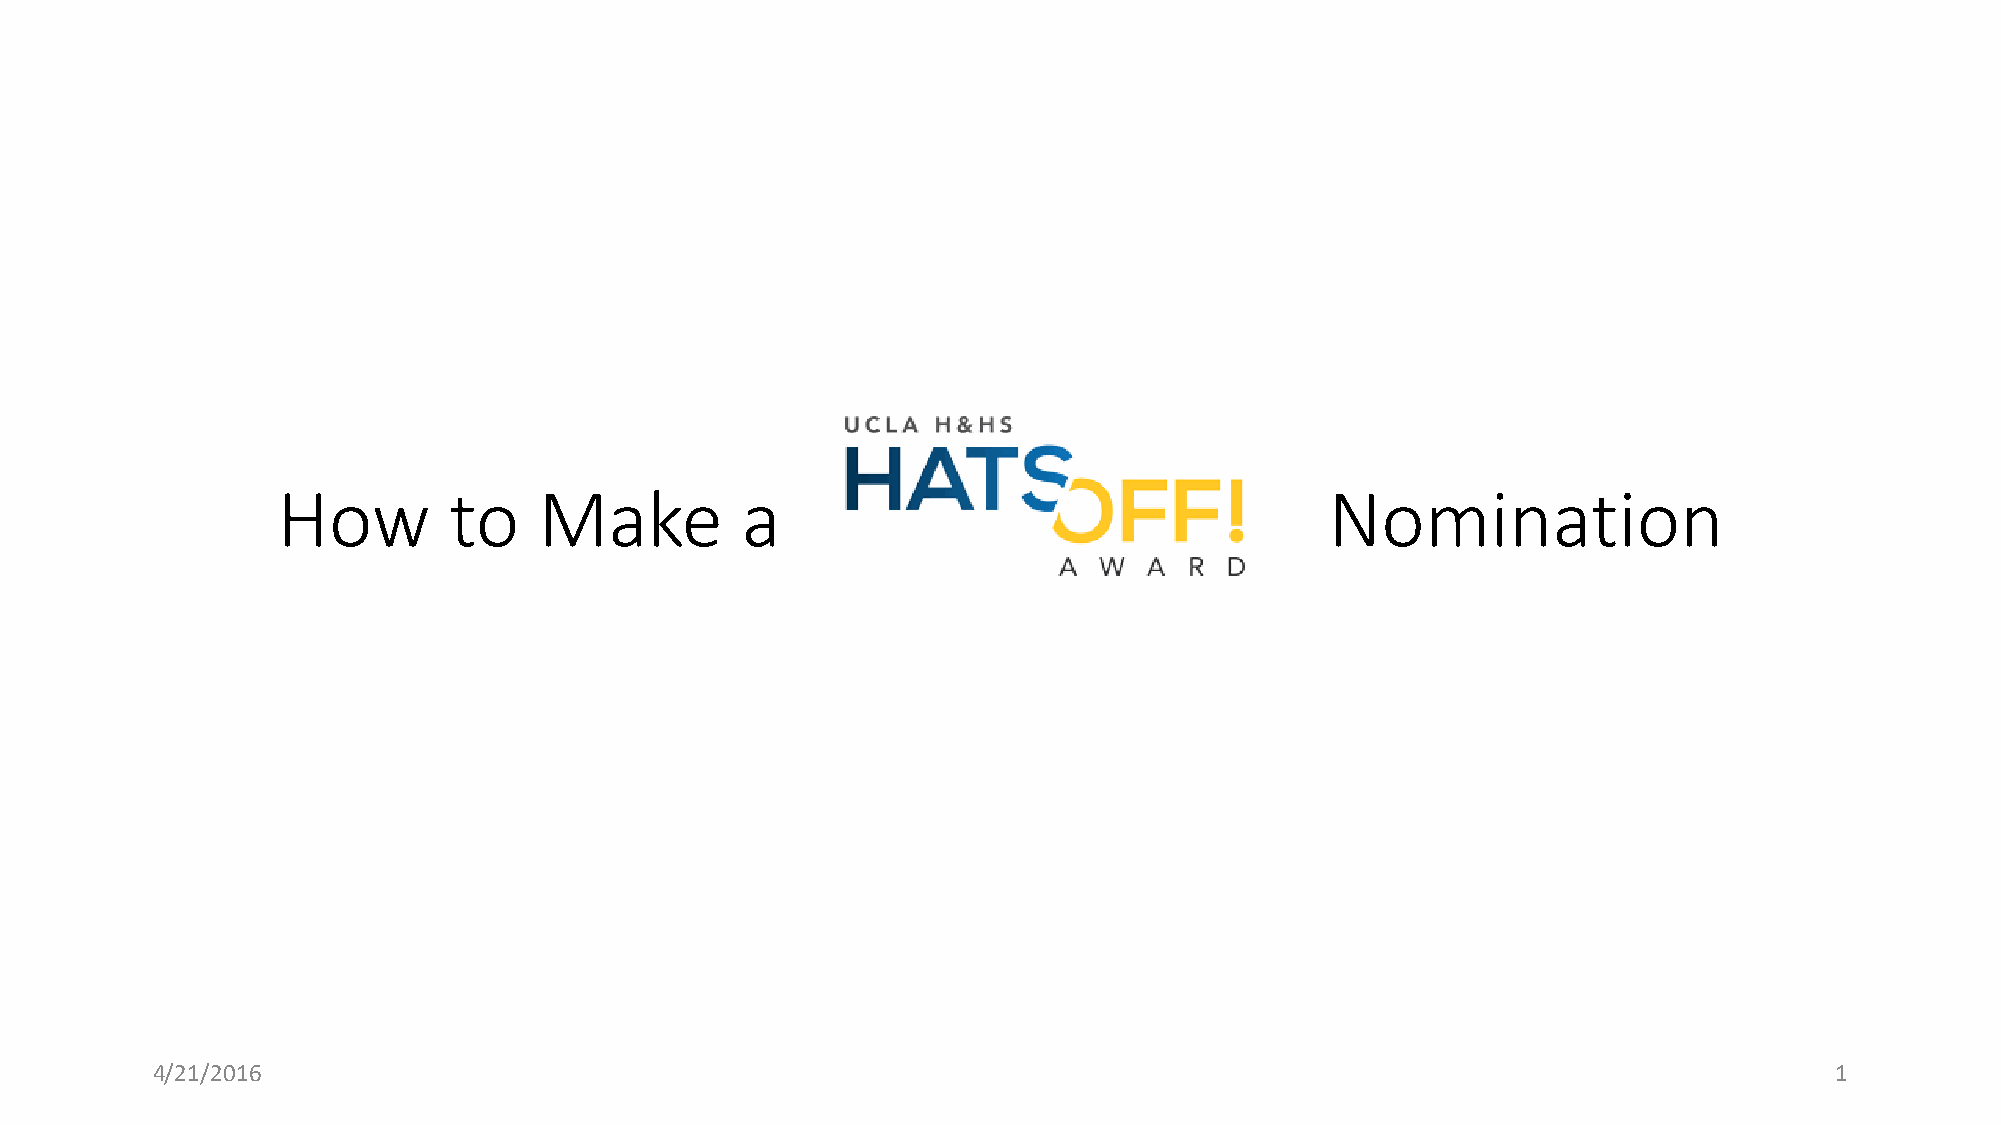
How         to    Make         a                                      Nomination
 4/21/2016                                                                                                      1